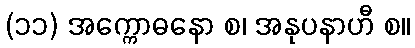
(၁၁) အက္ကောဓနော စ၊ အနုပနာဟီ စ။